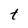
Character: t